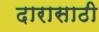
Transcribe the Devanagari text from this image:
दारासाठी